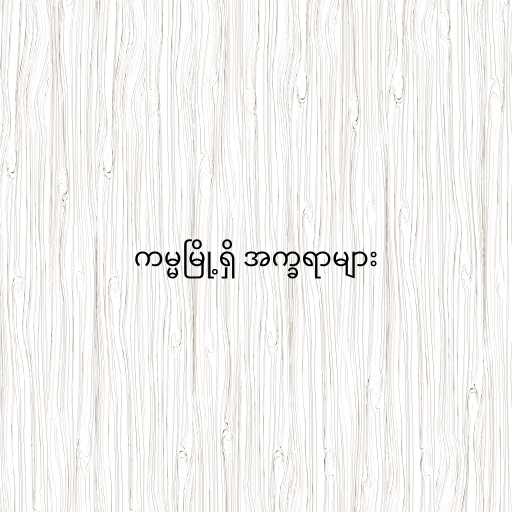
ကမ္မမြို့ရှိ အက္ခရာများ